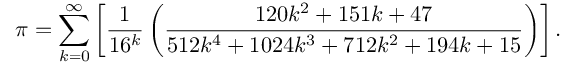
\pi = \sum _ { k = 0 } ^ { \infty } \left[ { \frac { 1 } { 1 6 ^ { k } } } \left( { \frac { 1 2 0 k ^ { 2 } + 1 5 1 k + 4 7 } { 5 1 2 k ^ { 4 } + 1 0 2 4 k ^ { 3 } + 7 1 2 k ^ { 2 } + 1 9 4 k + 1 5 } } \right) \right] .